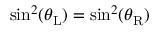
\sin ^ { 2 } ( \theta _ { \mathrm { L } } ) = \sin ^ { 2 } ( \theta _ { \mathrm { R } } )